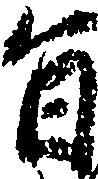
旨